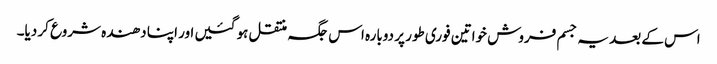
اس کے بعد یہ جسم فروش خواتین فوری طور پر دوبارہ اس جگہ منتقل ہو گئیں اور اپنا دھندہ شروع کر دیا۔